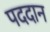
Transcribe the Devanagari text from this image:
पददान